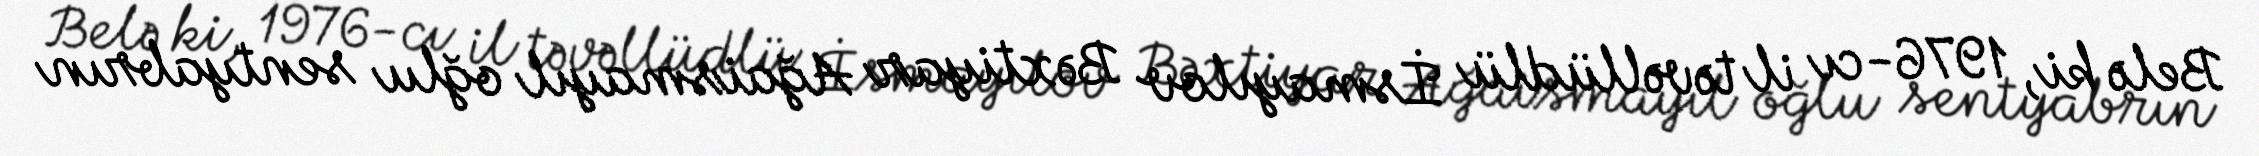
Belə ki, 1976-cı il təvəllüdlü İsmayılov Bəxtiyar Ağaismayıl oğlu sentyabrın